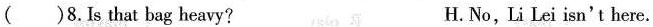
()8.Is that bag heavy? H. No,Li Lei isn't here.